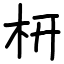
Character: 枅